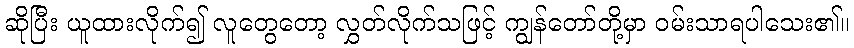
ဆိုပြီး ယူထားလိုက်၍ လူတွေတော့ လွှတ်လိုက်သဖြင့် ကျွန်တော်တို့မှာ ဝမ်းသာရပါသေး၏။